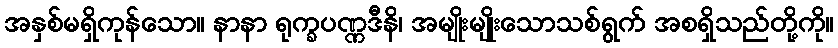
အနှစ်မရှိကုန်သော။ နာနာ ရုက္ခပဏ္ဏဒီနိ၊ အမျိုးမျိုးသောသစ်ရွက် အစရှိသည်တို့ကို။